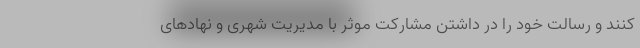
کنند و رسالت خود را در داشتن مشارکت موثر با مدیریت شهری و نهادهای